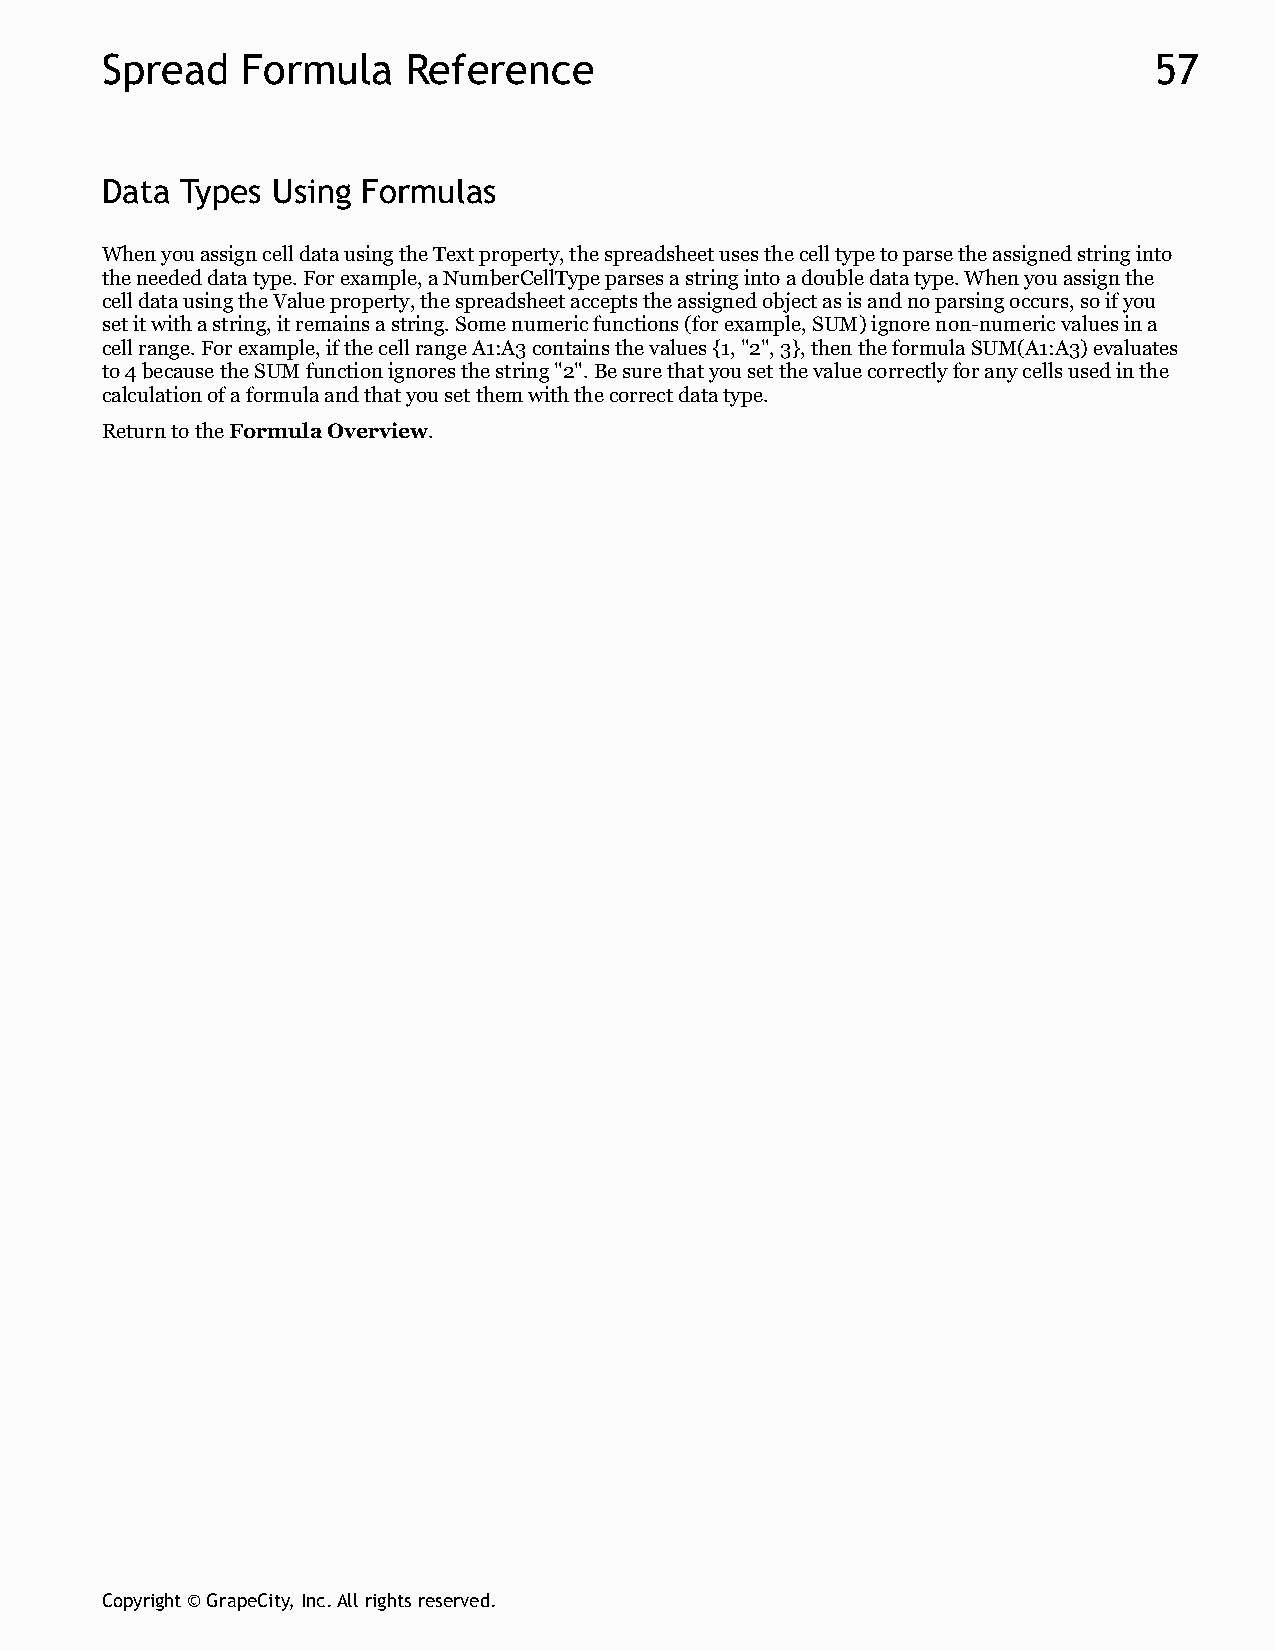
Spread   Formula    Reference                                        57
 Data Types Using Formulas
 When you assign cell data using the Text property, the spreadsheet uses the cell type to parse the assigned string into
 the needed data type. For example, a NumberCellType parses a string into a double data type. When you assign the
 cell data using the Value property, the spreadsheet accepts the assigned object as is and no parsing occurs, so if you
 set it with a string, it remains a string. Some numeric functions (for example, SUM) ignore non-numeric values in a
 cell range. For example, if the cell range A1:A3 contains the values {1, "2", 3}, then the formula SUM(A1:A3) evaluates
 to 4 because the SUM function ignores the string "2". Be sure that you set the value correctly for any cells used in the
 calculation of a formula and that you set them with the correct data type.
 Return to the Formula Overview.
 Copyright © GrapeCity, Inc. All rights reserved.